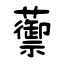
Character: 蘌